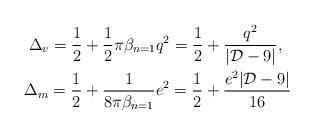
LaTeX: \begin{align*}\Delta_v = {1 \over 2} + {1 \over 2} \pi \beta_{n=1} q^2 = {1 \over 2} +{q^2 \over |{\cal D}-9|}, \;\; \\\Delta_m = {1 \over 2} + {1 \over 8 \pi \beta_{n=1}} e^2 = {1 \over 2} +{e^2 |{\cal D}-9| \over 16}\end{align*}